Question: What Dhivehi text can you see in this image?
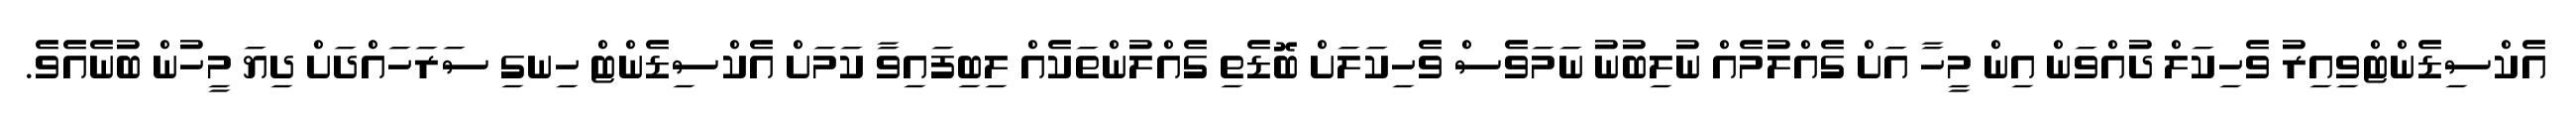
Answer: އެކްސިޑެންޓްވިއިރު ވެހިކަލް ދުއްވަން އިން މީހާ އަށް ގެއްލުމެއް ނުލިބުނު ނަމަވެސް ވެހިކަލަށް ބޮޑެތި ގެއްލުންތަކެއް ލިބިފައިވާ ކަމަށް އެކްސިޑެންޓް ހިނގި ސަރަހައްދަށް ދިޔަ މީހުން ބުނެއެވެ.